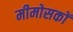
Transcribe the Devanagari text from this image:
मीमोसकों